Indian journal of veterinary science and animal husbandry - Volumes 24-25, 1954-1955
Year: 1954
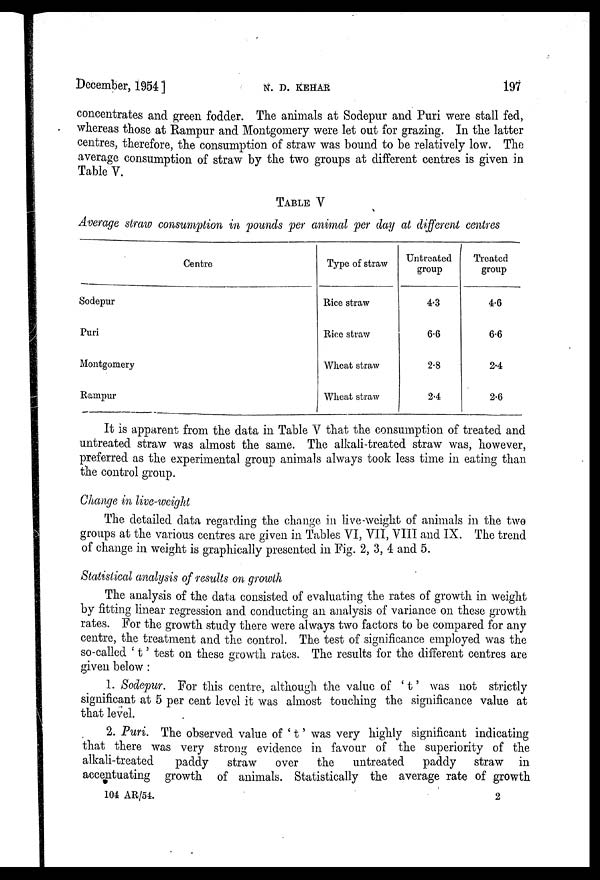
December, 1954 ]
N.
D.
KEHAR
197
concentrates and green fodder. The animals at Sodepur and Puri were stall fed,
whereas those at Rampur and Montgomery were let out for grazing. In the latter
centres, therefore, the consumption of straw was bound to be relatively low. The
average consumption of straw by the two groups at different centres is given in
Table V.
TABLE V
Average straw consumption in pounds per animal per day at different centres
Centre
Sodepur
Puri
Montgomery
Rampur
Type of straw
Rice straw
Rice straw
Wheat straw
Wheat straw
Untreated
group
4.3
6.6
2.8
2.4
Treated
group
4.6
6.6
2.4
2.6
It is apparent from the data in TABLE V that the consumption of treated and
untreated straw was almost the same. The alkali-treated straw was, however,
preferred as the experimental group animals always took less time in eating than
the control group.
Change in live-weight
The detailed data regarding the change in live-weight of animals in the two
groups at the various centres are given in Tables VI, VII, VIII and IX. The trend
of change in weight is graphically presented in Fig. 2, 3, 4 and 5.
Statistical analysis of results on growth
The analysis of the data consisted of evaluating the rates of growth in weight
by fitting linear regression and conducting an analysis of variance on these growth
rates. For the growth study there were always two factors to be compared for any
centre, the treatment and the control. The test of significance employed was the
so-called ' t' test on these growth rates. The results for the different centres are
given below :
1. Sodepur. For this centre, although the value of 't' was not strictly
significant at 5 per cent level it was almost touching the significance value at
that level.
2. Puri. The observed value of ' t' was very highly significant indicating
that there was very strong evidence in favour of the superiority of the
alkali-treated
paddy
straw
over
the
untreated
paddy
straw in
accentuating growth of animals. Statistically the average rate of growth
104 AR/54.
2